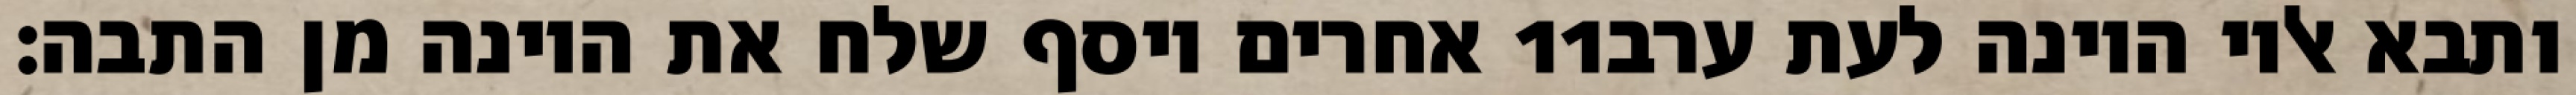
אחרים ויסף שלח את היונה מן התבה׃ ‎11‏ ותבא אליו היונה לעת ערב